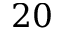
2 0